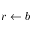
r \gets b